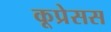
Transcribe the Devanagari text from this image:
कूप्रेसस